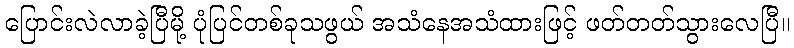
ပြောင်းလဲလာခဲ့ပြီမို့ ပုံပြင်တစ်ခုသဖွယ် အသံနေအသံထားဖြင့် ဖတ်တတ်သွားလေပြီ။